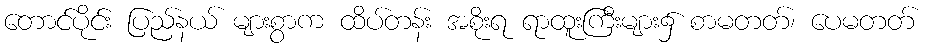
တောင်ပိုင်း ပြည်နယ် များစွာက ထိပ်တန်း အစိုးရ ရာထူးကြီးများ၌ စာမတတ်၊ ပေမတတ်